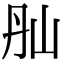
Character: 𡵕